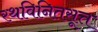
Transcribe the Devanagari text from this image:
रथविनितसूत्त